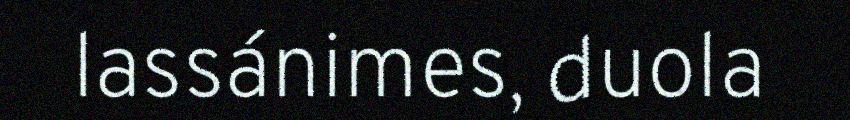
lassánimes, duola